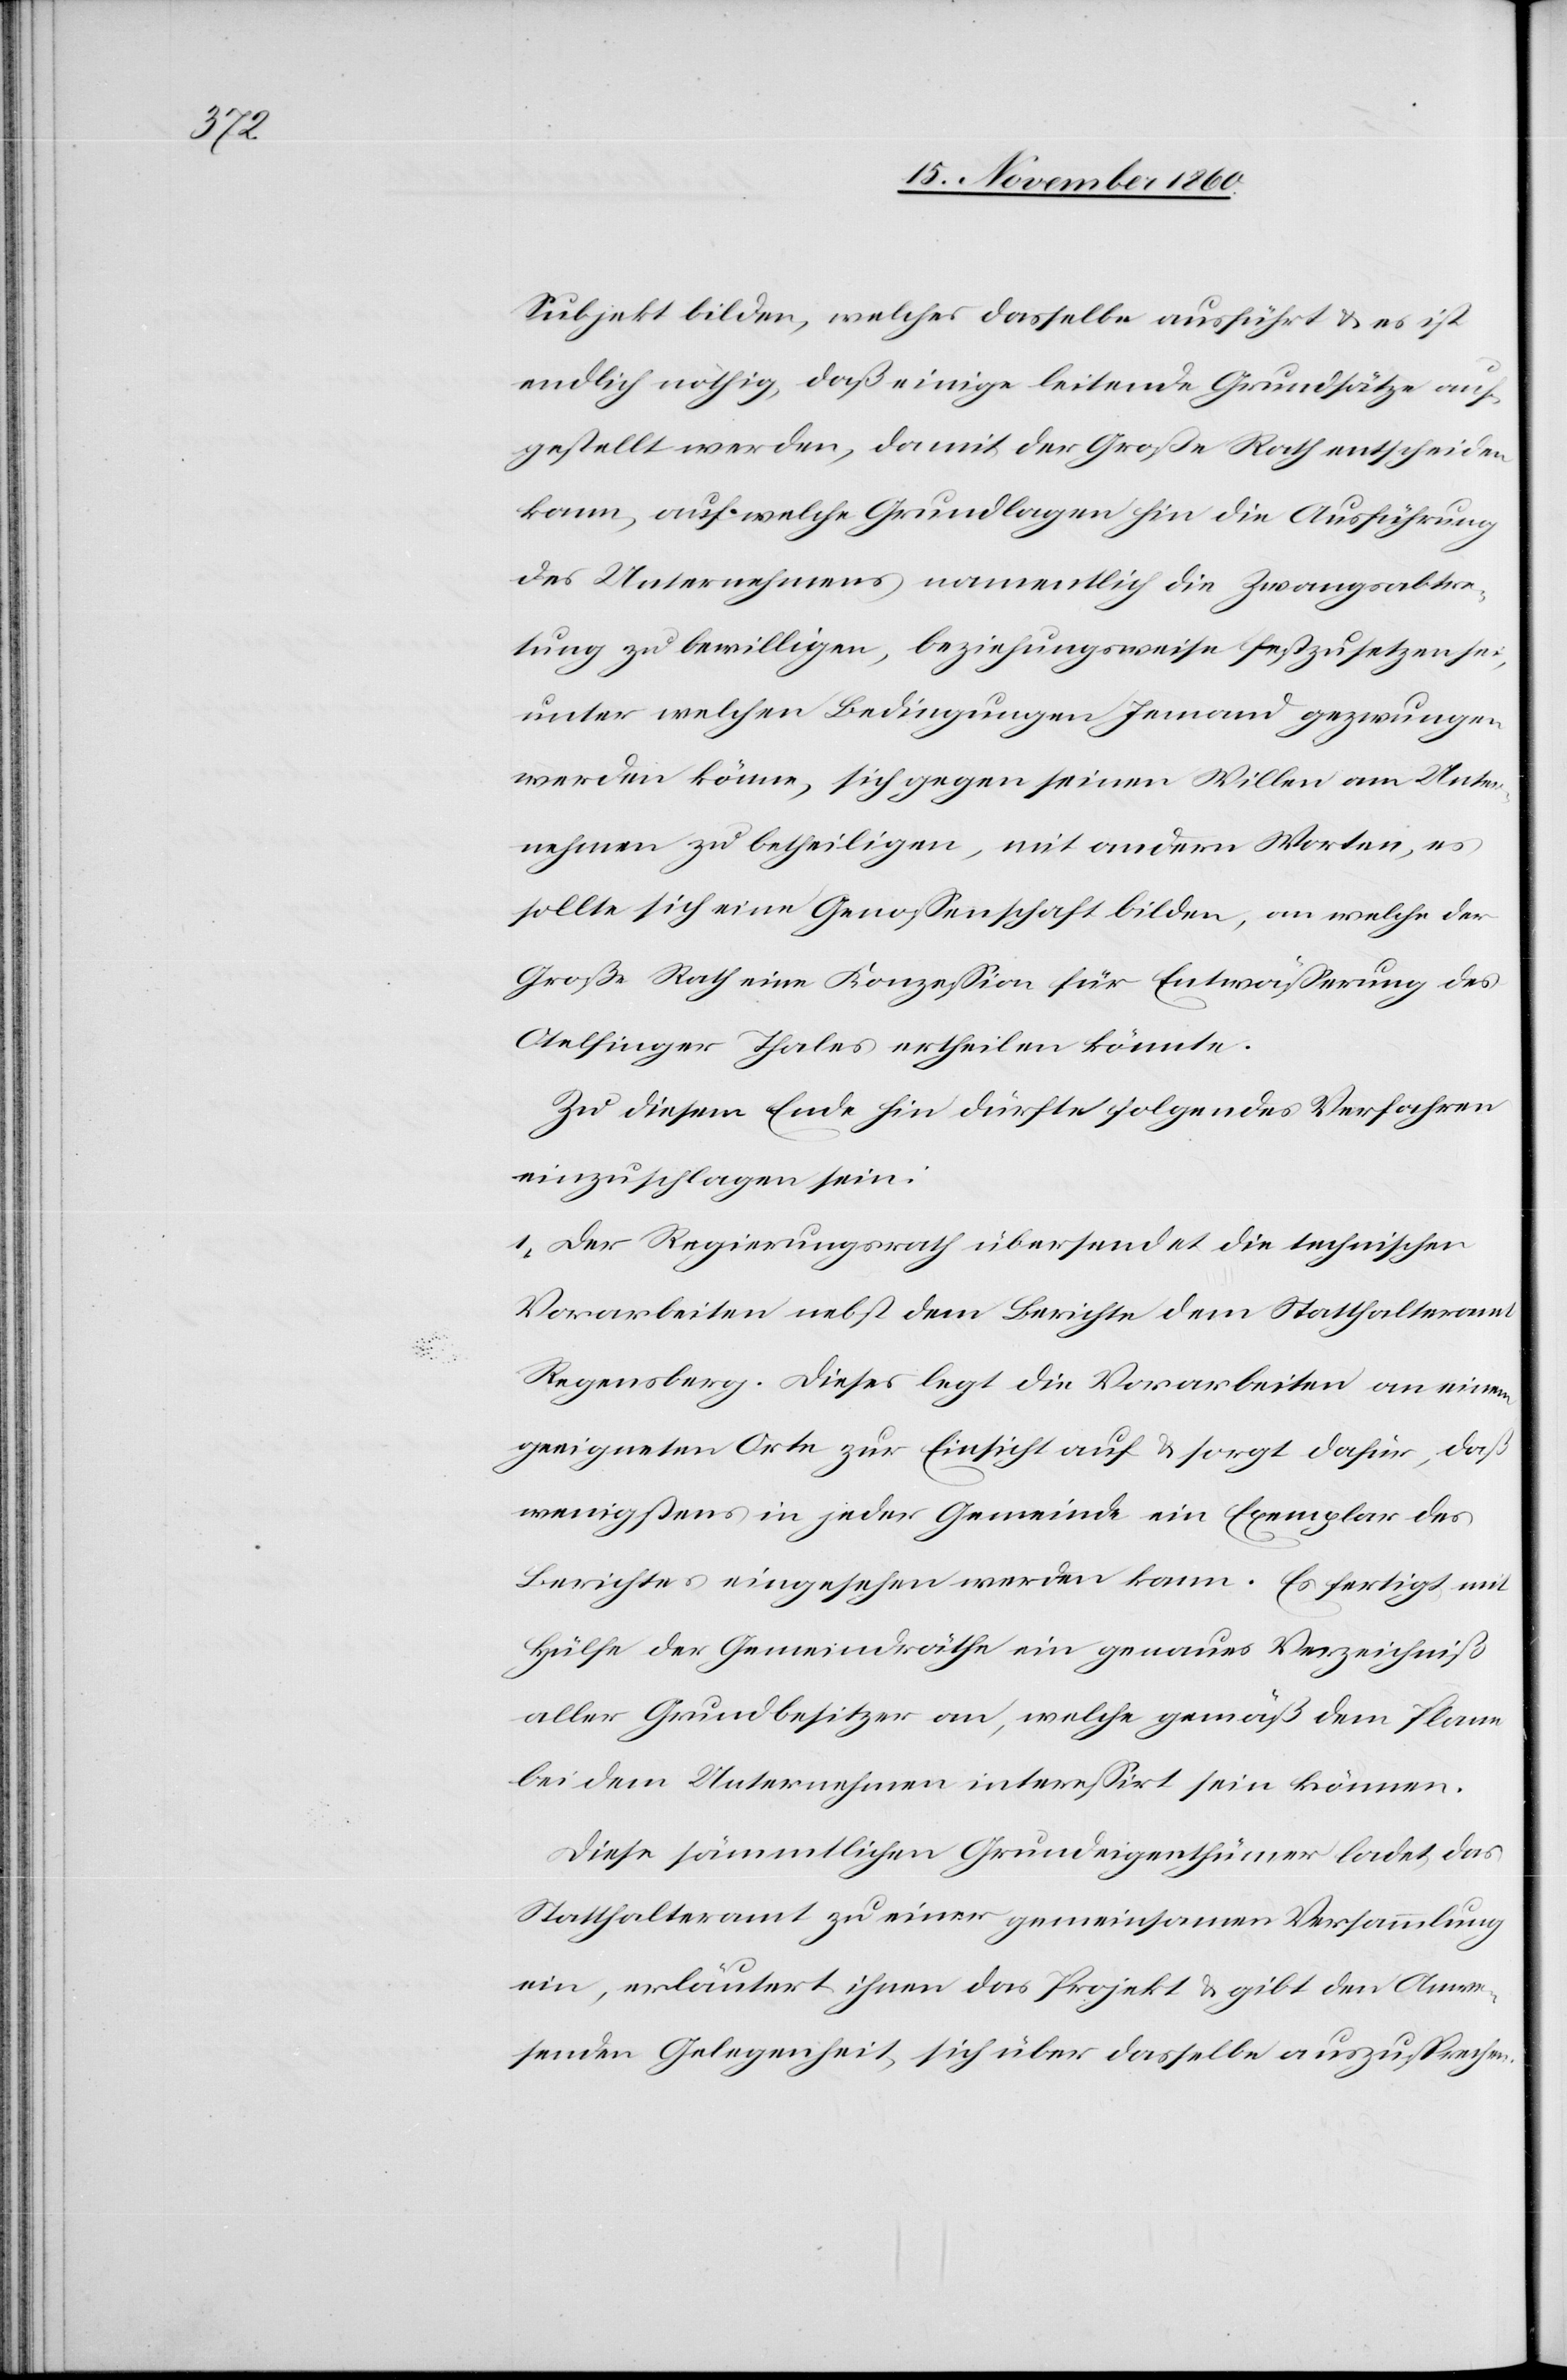
Subjekt bilden, welches dasselbe ausführt u. es ist
endlich nöthig, daß einige leitende Grundsätze auf¬
gestellt werden, damit der Große Rath entscheiden
kann, auf welche Grundlagen hin die Ausführung
des Unternehmens namentlich die Zwangsabtre¬
tung zu bewilligen, beziehungsweise festzusetzen sei,
unter welchen Bedingungen Jemand gezwungen
werde könne, sich gegen seinen Willen am Unter¬
nehmen zu betheiligen, mit andern Worten, es
sollte sich eine Genoßenschaft bilden, an welche der
Große Rath eine Konzession für Entwässerung des
Otelfinger Thales ertheilen könnte.
Zu diesem Ende hin dürfte folgendes Verfahren
einzuschlagen sein:
1. Der Regierungsrath übersendet die technischen
Vorarbeiten nebst dem Berichte dem Statthalteramt
Regensberg. Dieses legt die Vorarbeiten an einem
geeigneten Orte zur Einsicht auf u. sorgt dafür, daß
wenigstens in jeder Gemeinde ein Exemplar des
Berichtes eingesehen werden kann. Es fertigt mit
Hülfe der Gemeindräthe ein genaues Verzeichniß
aller Grundbesitzer an, welche gemäß dem Plane
bei dem Unternehmen interessirt sein können.
Diese sämmtlichen Grundeigenthümer ladet das
Statthalteramt zu einer gemeinsamen Versammlung
ein, erläutert ihnen das Projekt u. gibt den Anwe¬
senden Gelegenheit, sich über dasselbe auszusprechen.